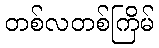
တစ်လတစ်ကြိမ်